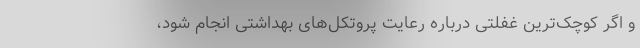
و اگر کوچک‌ترین غفلتی درباره رعایت پروتکل‌های بهداشتی انجام شود،